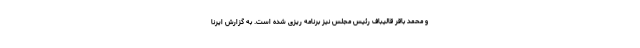
و محمد باقر قالیباف رئیس مجلس نیز برنامه ریزی شده است. به گزارش ایرنا